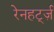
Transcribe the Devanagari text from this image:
रेनहर्ट्ज़